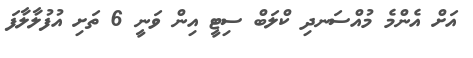
އަށް އެންމެ މުއްސަނދި ކްލަބް ސިޓީ އިން ވަނީ 6 ތަށި އުފުލާލާފަ